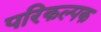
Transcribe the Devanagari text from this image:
परिकल्पक